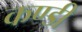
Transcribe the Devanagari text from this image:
कण्डी